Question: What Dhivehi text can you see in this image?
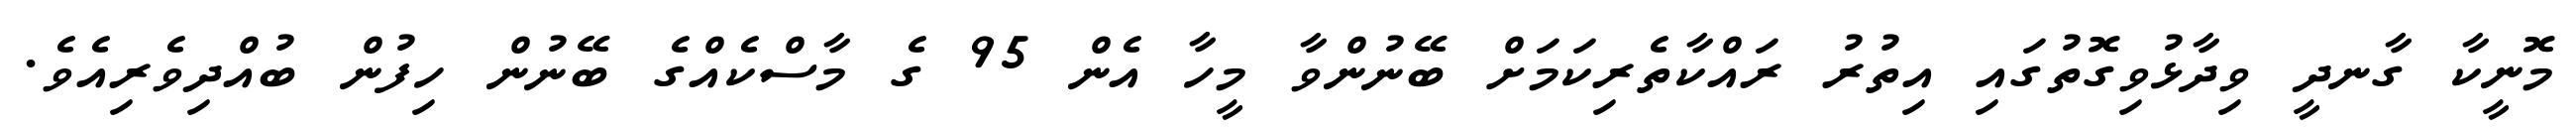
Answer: މޮނީކާ ގާނދީ ވިދާޅުވިގޮތުގައި އިތުރު ރައްކާތެރިކަމަށް ބޭނުންވާ މީހާ އެން 95 ގެ މާސްކެއްގެ ބޭނުން ހިފުން ބުއްދިވެރިއެވެ.